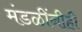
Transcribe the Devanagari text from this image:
मंडळींनीही